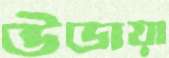
উডায়া